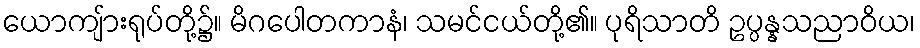
ယောကျ်ားရုပ်တို့၌။ မိဂပေါတကာနံ၊ သမင်ငယ်တို့၏။ ပုရိသာတိ ဥပ္ပန္နသညာဝိယ၊